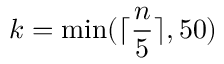
k = \mathrm { m i n ( } \lceil \frac { n } { 5 } \rceil , 5 0 )